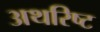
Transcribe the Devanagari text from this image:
अथरिष्ट